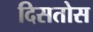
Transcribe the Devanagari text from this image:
दिसतोस